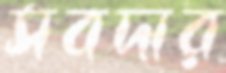
সবদার